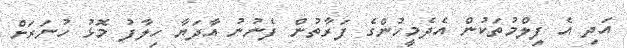
އަދި އެ ފިލްމުތަކުން އެދެމީހުންގެ ފަރާތުން ފެނުނު އާދަޔާ ހިލާފު މޮޅު ހުނަރަށް